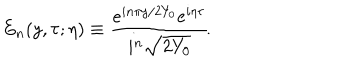
E _ { n } ( y , \tau ; \eta ) \equiv { \frac { e ^ { i n \pi y / 2 Y _ { 0 } } e ^ { i \eta \tau } } { i ^ { n } \sqrt { 2 Y _ { 0 } } } } \! .